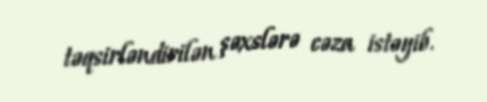
təqsirləndirilən şəxslərə cəza istəyib.